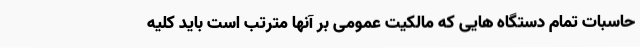
حاسبات تمام دستگاه هایی که مالکیت عمومی بر آنها مترتب است باید کلیه